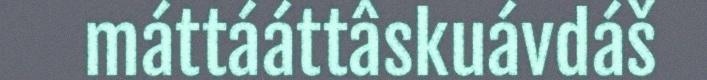
máttááttâskuávdáš